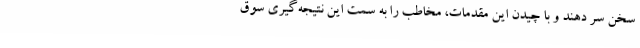
سخن سر دهند و با چیدن این مقدمات، مخاطب را به سمت این نتیجه‌گیری سوق